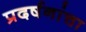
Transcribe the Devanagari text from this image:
प्रदर्षनांचा